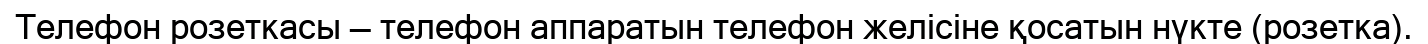
Телефон розеткасы — телефон аппаратын телефон желісіне қосатын нүкте (розетка).